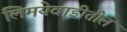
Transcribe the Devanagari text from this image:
लिमयेवाडीतील